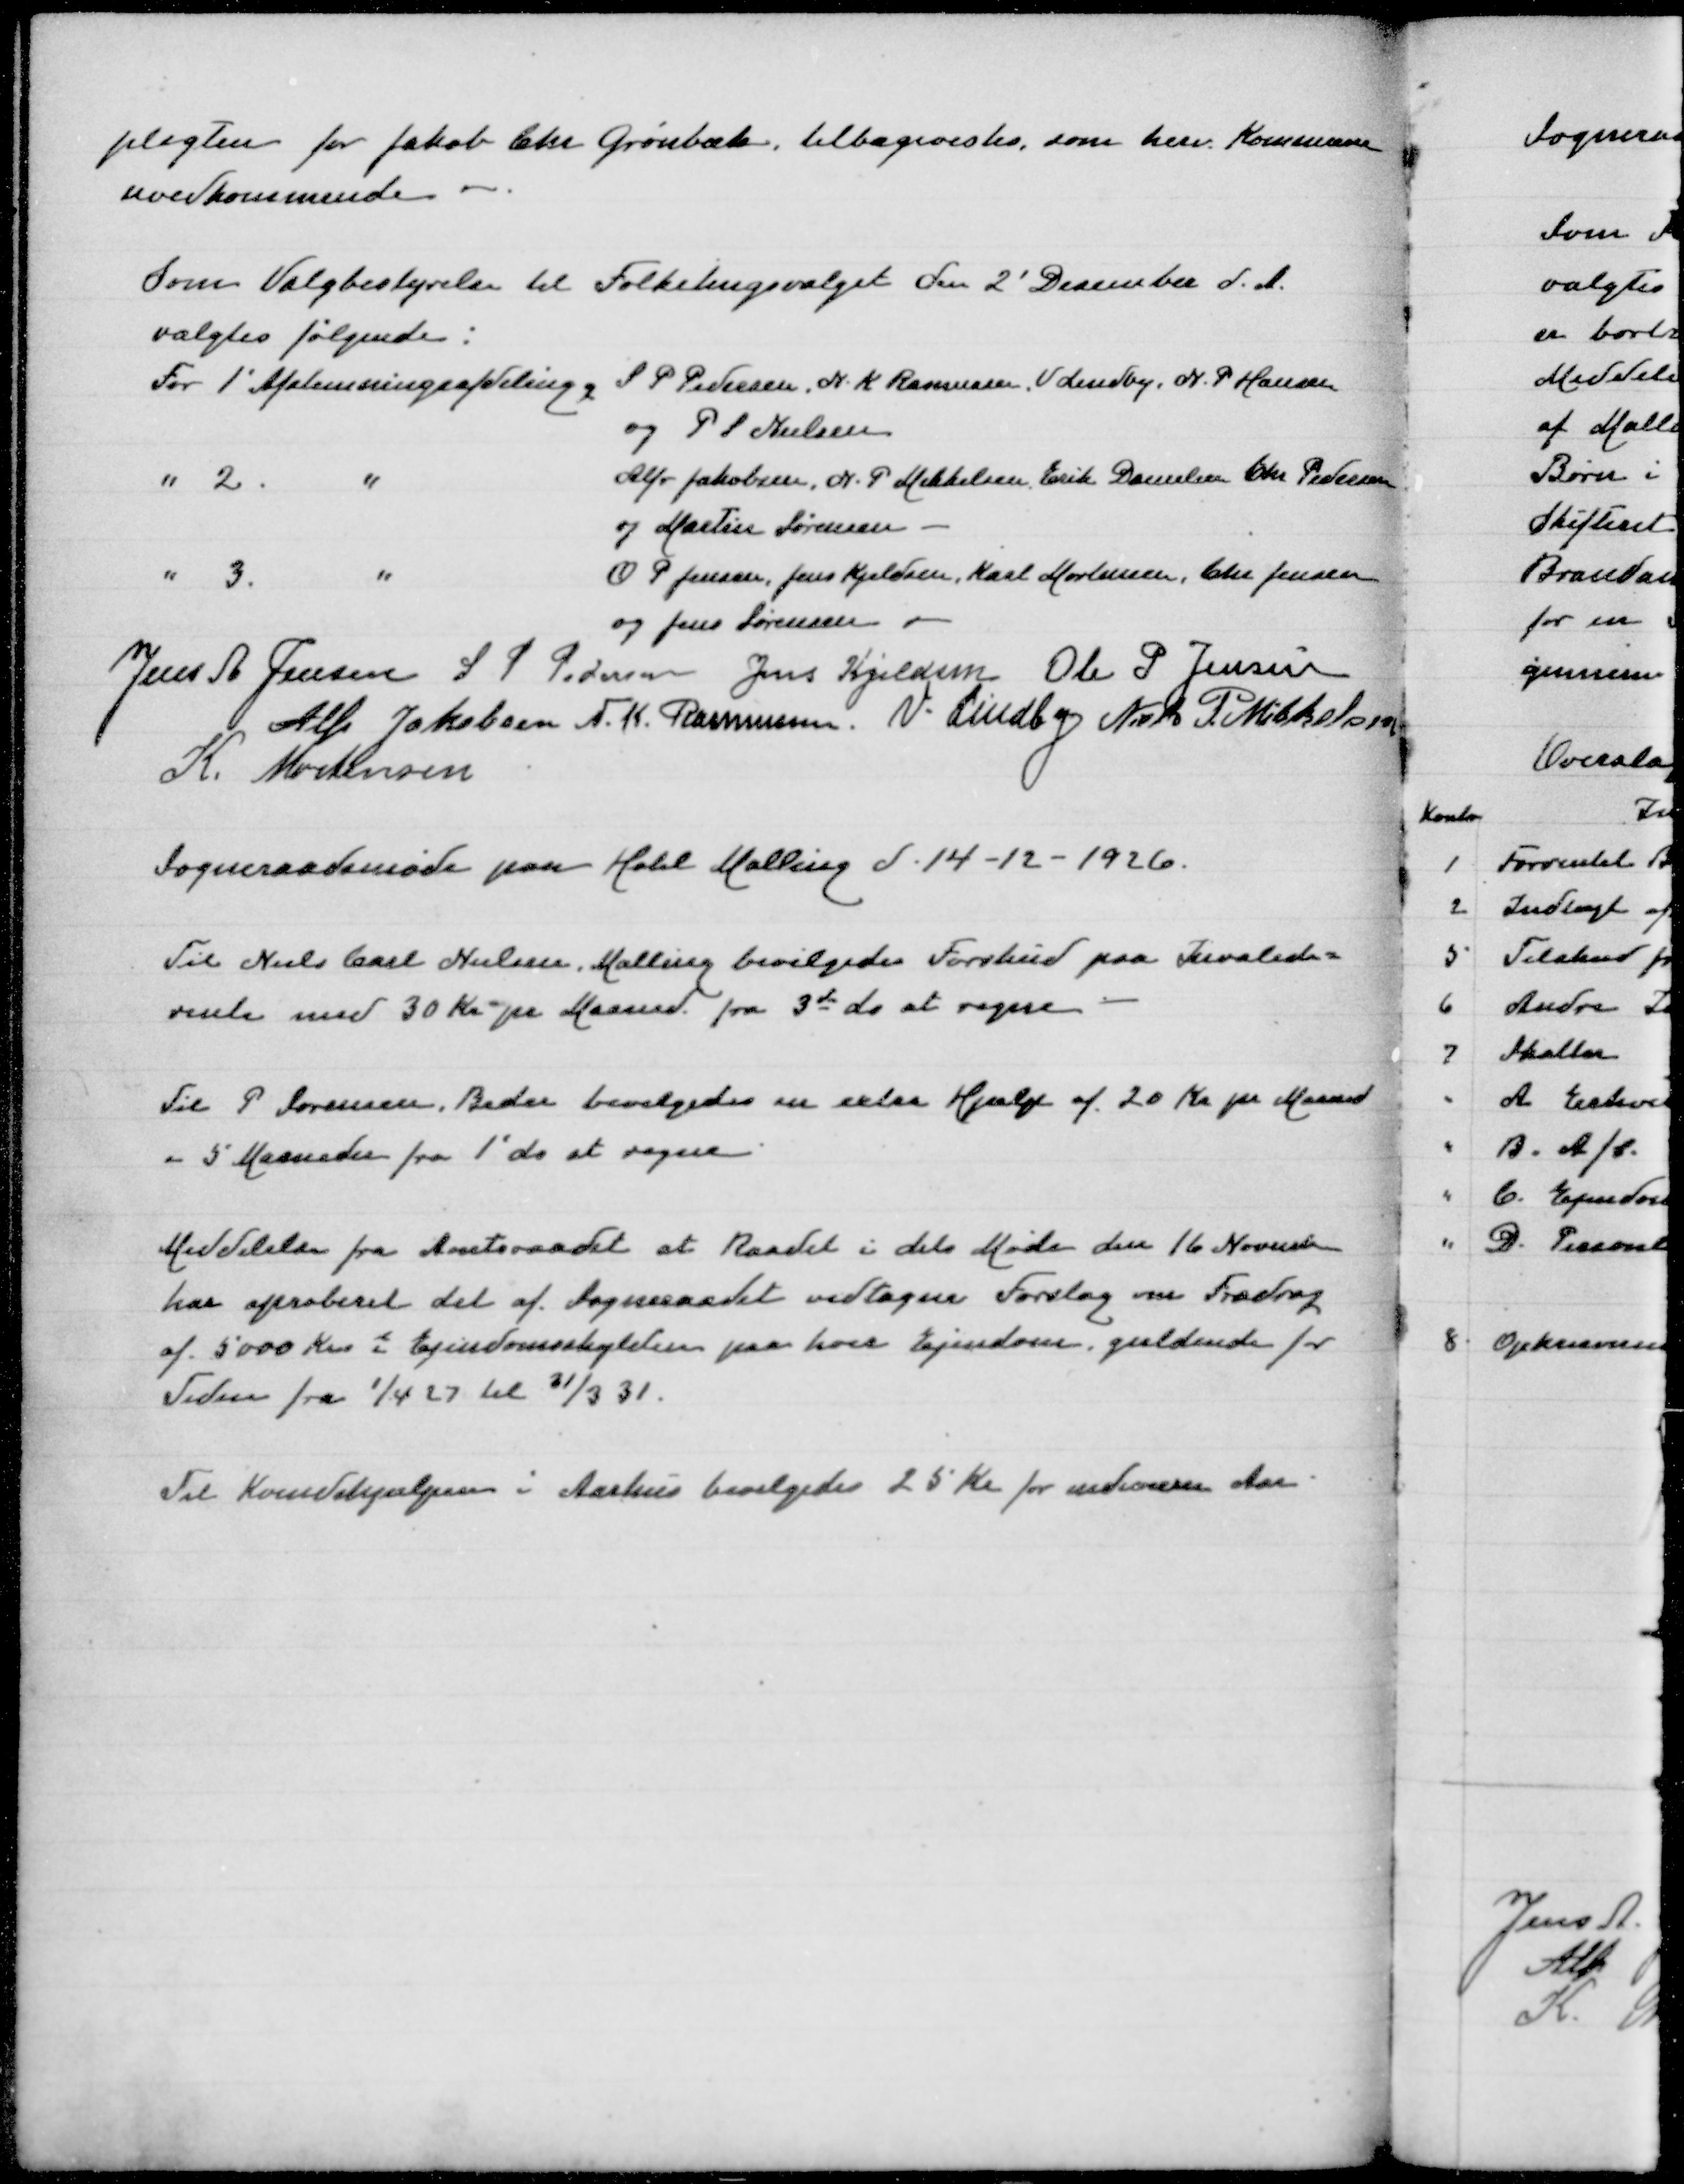
Transskription:
pligten for Jakob Chr Grønbæk, tilbagevistes,som herv Kommune
uvedkommende

Som Valgbestyrelse til Folketingsvalget den 2' December d A
valgtes følgende:
For 1' Afstemningsafdeling S P Pedersen, N K Rasmussen, V Lindby, N P Hansen
og P S Nielsen
" 2 " Alfr Jakobsen, N P Mikkelsen, Erik Danielsen, Chr Pedersen
og Matin Sørensen
" 3 " O P Jensen, Jens Kjeldsen, Karl Mortensen, Chr Jensen
og Jens Sørensen
Jens A Jensen
S P Pedersen
Jens Kjeldsen
Ole P Jensen
Alfr Jakobsen
N K Rasmussen
V Lindby
Niels P Mikkelsen
K Mortensen

Sogneraadsmøde paa Hotel Malling d 14-12-1926

Til Niels Carl Nielsen, Malling bevilgedes Forskud paa Invalide=
rente med 30 Kr pr Maaned fra 3de ds at regne

Til P Sørensen, Beder bevilgedes en ekstra Hjælpp af 20 Kr pr Maaned
i 5 Maaneder fra 1' ds at regne

Meddelelse frsa Amtsraadet at Raadet i dets Møde den 16 November
har aproberet det af Sogneraadet vedtagne Forslag om Fradrag
af 5000 Kr i Ejendomsskylden paa hver Ejendom gældende for
Tiden fra 1/4 27 til 31/3 31

Til Kvindehjælpen i Aarhus bevilgedes 25 Kr for indeværen Aar